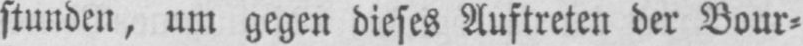
stunden, um gegen dieses Auftreten der Bour⸗